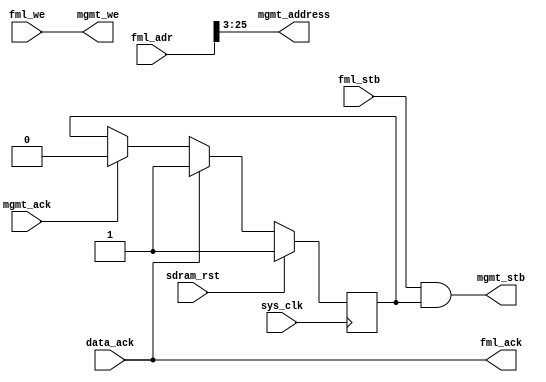
module hpdmc_busif_1 #(
	parameter sdram_depth = 26
) (
	input sys_clk,
	input sdram_rst,
	input [sdram_depth-1:0] fml_adr,
	input fml_stb,
	input fml_we,
	output fml_ack,
	output mgmt_stb,
	output mgmt_we,
	output [sdram_depth-3-1:0] mgmt_address, 
	input mgmt_ack,
	input data_ack
);
reg mgmt_stb_en;
assign mgmt_stb = fml_stb & mgmt_stb_en;
assign mgmt_we = fml_we;
assign mgmt_address = fml_adr[sdram_depth-1:3];
assign fml_ack = data_ack;
always @(posedge sys_clk) begin
	if(sdram_rst)
		mgmt_stb_en = 1'b1;
	else begin
		if(mgmt_ack)
			mgmt_stb_en = 1'b0;
		if(data_ack)
			mgmt_stb_en = 1'b1;
	end
end
endmodule